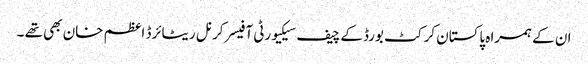
ان کے ہمراہ پاکستان کرکٹ بورڈکے چیف سیکیورٹی آفیسر کرنل ریٹائرڈ اعظم خان بھی تھے ۔